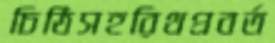
চিঠিসহরিথপ্রবর্ত